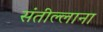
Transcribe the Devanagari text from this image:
संतील्लाना